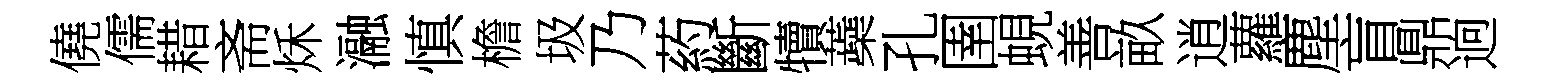
僥儒耤斋秌瀜慎檐圾乃葯斷犢蘃孔圉蜆善畝逍蘿塵盲鼎逈